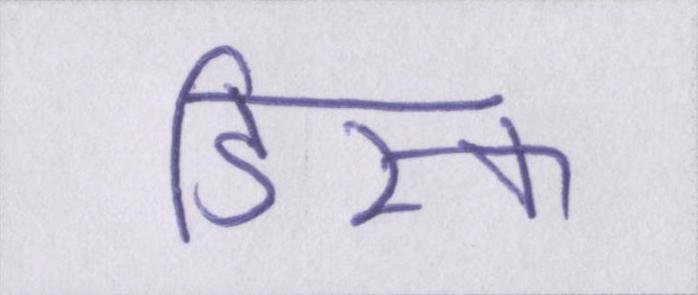
डिस्क